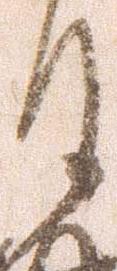
月